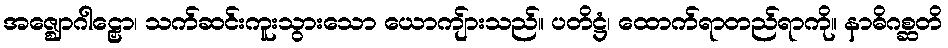
အဇ္ဈောဂါဠှော၊ သက်ဆင်းကူးသွားသော ယောကျ်ားသည်။ ပတိဋ္ဌံ၊ ထောက်ရာတည်ရာကို။ နာဓိဂစ္ဆတိ